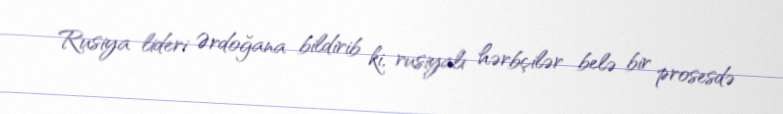
Rusiya lideri Ərdoğana bildirib ki, rusiyalı hərbçilər belə bir prosesdə